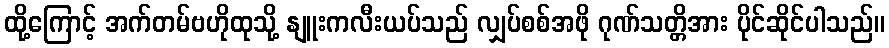
ထို့ကြောင့် အက်တမ်ဗဟိုထုသို့ နျူးကလီးယပ်သည် လျှပ်စစ်အဖို ဂုဏ်သတ္တိအား ပိုင်ဆိုင်ပါသည်။